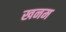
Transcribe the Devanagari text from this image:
खनम